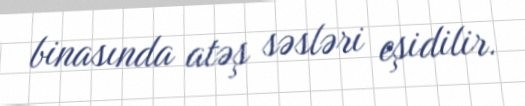
binasında atəş səsləri eşidilir.